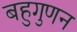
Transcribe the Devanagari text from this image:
बहुगुणन